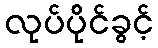
လုပ်ပိုင်ခွင့်